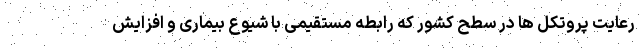
رعایت پروتکل ها در سطح کشور که رابطه مستقیمی با شیوع بیماری و افزایش